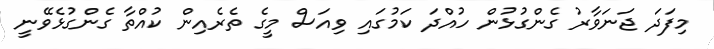
މިފަދަ ޖަނަވާރު ގެންގުޅުން ހުއްދަ ކަމުގައި ވިއަސް މީގެ ތެރެއިން ކުއްތާ ގެންގުޅެވޭނީ